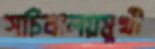
সচিবালয়মুখী